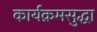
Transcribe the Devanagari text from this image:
कार्यक्रमसुद्धा